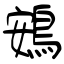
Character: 鴳